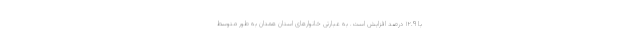
با ١٢.٩ درصد افزایش است. به عبارتی خانوارهای استان همدان به طور متوسط